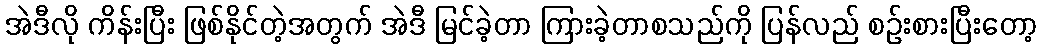
အဲဒီလို ကိန်းပြီး ဖြစ်နိုင်တဲ့အတွက် အဲဒီ မြင်ခဲ့တာ ကြားခဲ့တာစသည်ကို ပြန်လည် စဉ်းစားပြီးတော့